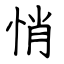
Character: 悄